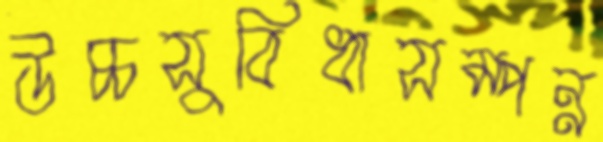
উচ্চসুবিধাসম্পন্ন